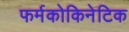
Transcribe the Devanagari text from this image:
फर्मकोकिनेटिक